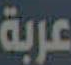
عربة